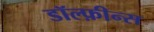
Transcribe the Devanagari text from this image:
डॉल्फ़ीन्स